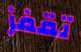
تقفز